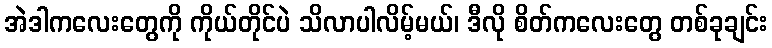
အဲဒါကလေးတွေကို ကိုယ်တိုင်ပဲ သိလာပါလိမ့်မယ်၊ ဒီလို စိတ်ကလေးတွေ တစ်ခုချင်း